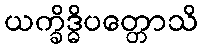
ယက္ခိဒ္ဓိပတ္တောသိ